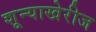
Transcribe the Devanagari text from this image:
शून्याखेरीज